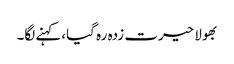
بھولا حیرت زدہ رہ گیا،کہنے لگا۔